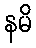
နမိ